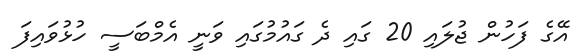
އޭގެ ފަހުން ޖުލައި 20 ގައި ދެ ގައުމުގައި ވަނީ އެމްބަސީ ހުޅުވައިފަ